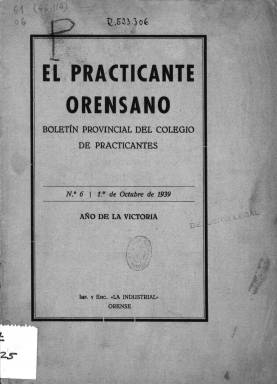
Título: El Practicante orensano
Otros títulos: Boletín oficial del Colegio de Practicantes de Orense
Colección: Medicina || Oficios varios
Ámbito geográfico: Orense
Lugar de publicación: Orense
Fechas: 01/10/1939-01/10/1939